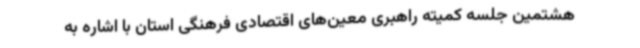
هشتمین جلسه کمیته راهبری معین‌های اقتصادی فرهنگی استان با اشاره به